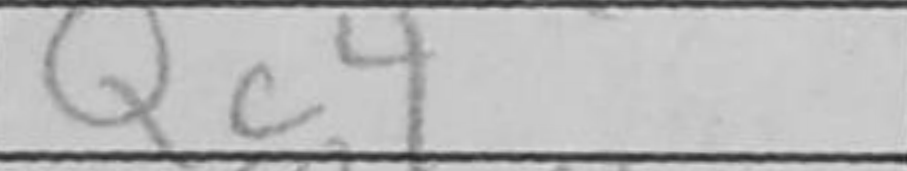
Transcription: Qc4